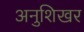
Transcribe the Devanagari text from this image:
अनुशिखर